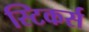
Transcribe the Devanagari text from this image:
स्टिकर्स